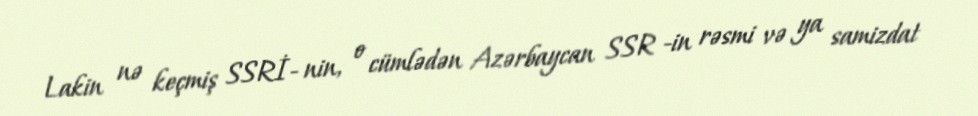
Lakin nə keçmiş SSRİ- nin, o cümlədən Azərbaycan SSR -in rəsmi və ya samizdat